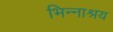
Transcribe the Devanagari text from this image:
भिन्नाश्रय